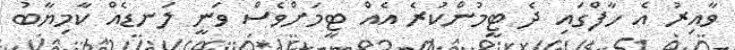
ވާއިރު އެ ހާފްގައި ދެ ޓީމުންކުރެ އެއް ޓީމަށްވެސް ވަނީ ލަނޑެއް ކާމިޔާބު